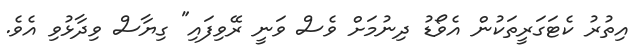
އިތުރު ކެޓަގަރީތަކުން އެވޯޑު ދިނުމަށް ވެސް ވަނީ ރޭވިފައި" ގިޔާސް ވިދާޅުވި އެވެ.